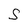
Character: S